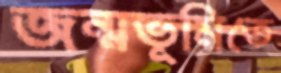
জন্মভূমিতে